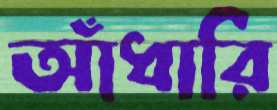
আঁধারি